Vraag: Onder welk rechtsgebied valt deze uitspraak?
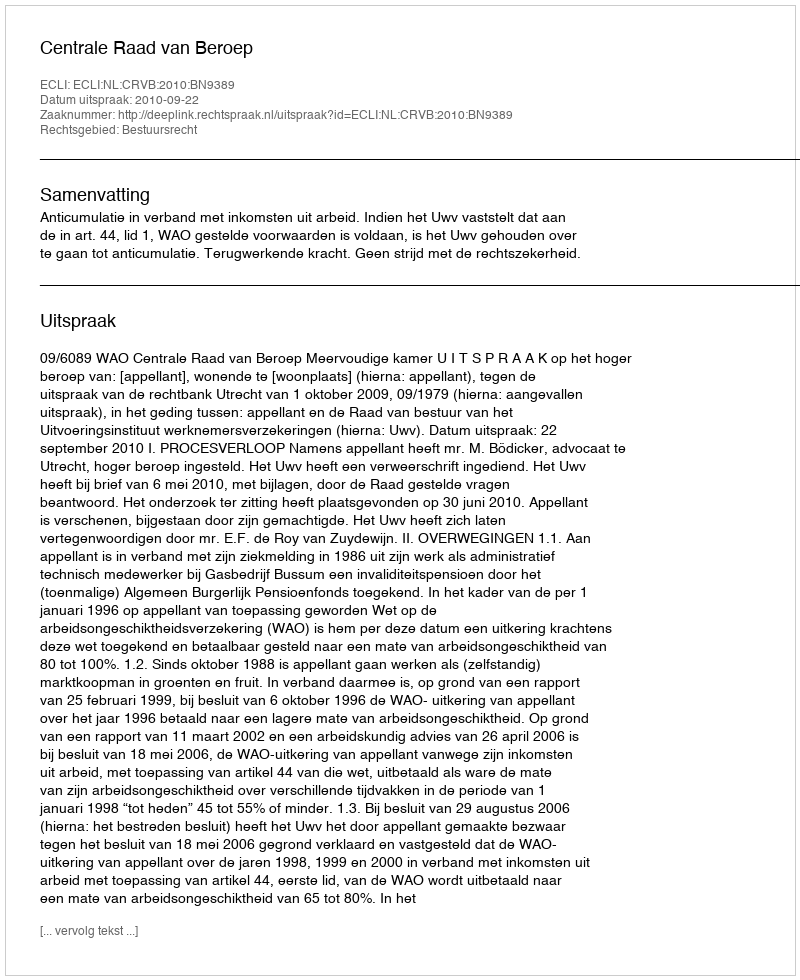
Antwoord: Bestuursrecht